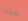
سيأخذ